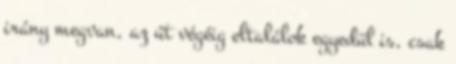
irány megvan, az út végéig eltalálok egyedül is, csak